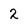
Character: 2